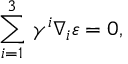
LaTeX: \sum _ { i = 1 } ^ { 3 } \, \gamma ^ { i } \nabla _ { i } \varepsilon = 0 ,